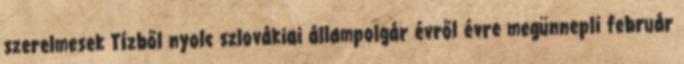
szerelmesek Tízből nyolc szlovákiai állampolgár évről évre megünnepli február